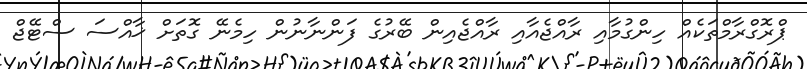
ޕްރޮގްރާމްތަކެއް ހިންގުމާއި ރާއްޖެއާއި ރާއްޖެއިން ބޭރުގެ ފަންނާނުން ހިމެނޭ ގޮތަށް ޚާއްސަ ސްޓޭޖް